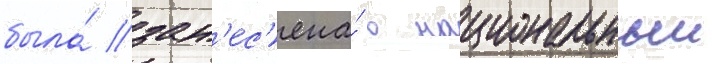
была́ зан'ес'ена́ в национальныи